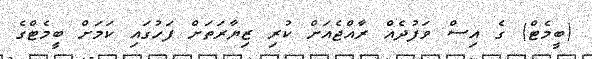
(ބީމެޓް) ގެ އިސް ވަފުދެއް ރާއްޖެއަށް ކުރި ޒިޔާރަތަށް ފަހުގައި ކަމަށް ބީމެޓްގެ